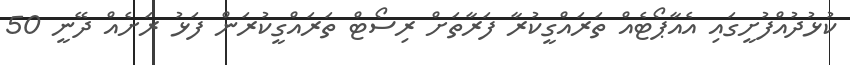
ކުޅުދުއްފުށީގައި އެއާޕޯޓެއް ތަރައްގީކުރާ ފަރާތަށް ރިސޯޓް ތަރައްގީކުރަން ފަޅު ރަށެއް ދޭނީ 50